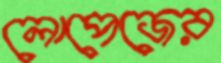
লোপেজের